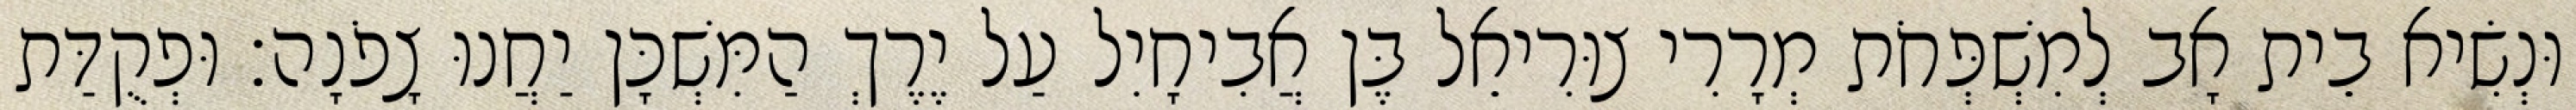
וּנְשִׂיא בֵית אָב לְמִשְׁפְּחֹת מְרָרִי צוּרִיאֵל בֶּן אֲבִיחָיִל עַל יֶרֶךְ הַמִּשְׁכָּן יַחֲנוּ צָפֹנָה׃ וּפְקֻדַּת